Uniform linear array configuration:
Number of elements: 16
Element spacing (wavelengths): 0.25
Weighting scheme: kaiser
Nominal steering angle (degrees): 60
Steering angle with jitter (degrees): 58.062
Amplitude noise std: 0.05
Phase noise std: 0.05

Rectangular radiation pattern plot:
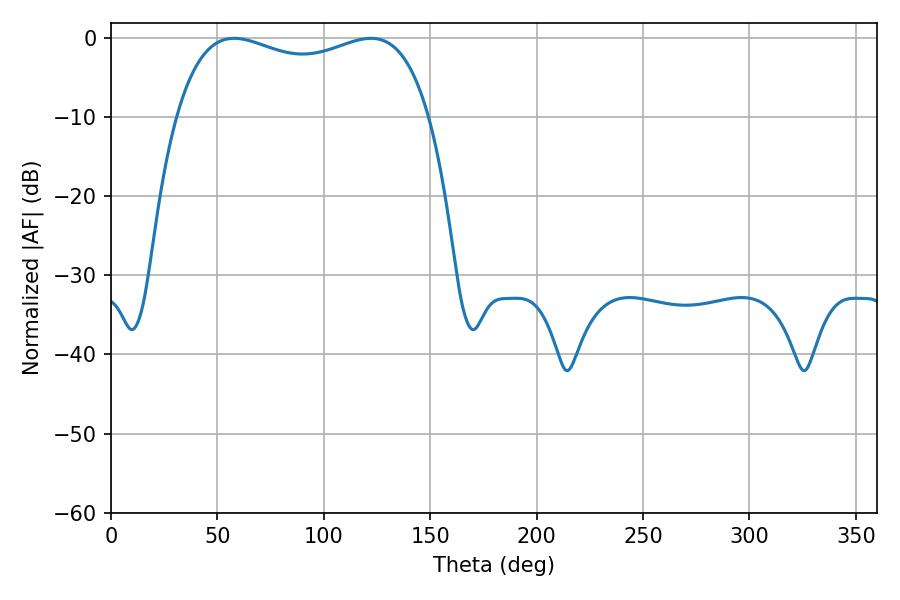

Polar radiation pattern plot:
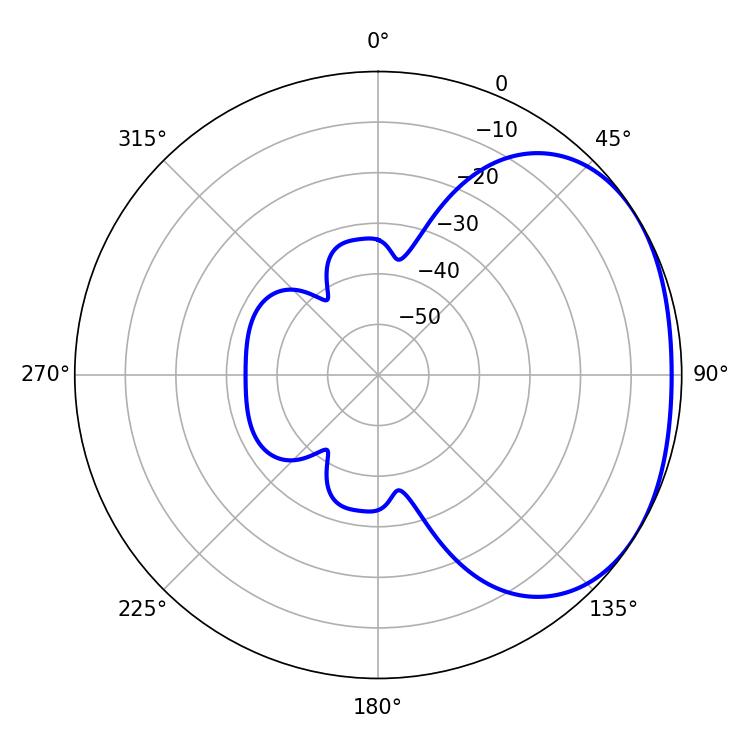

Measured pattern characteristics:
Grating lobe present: FALSE
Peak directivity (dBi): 1.954
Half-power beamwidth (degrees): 97.56
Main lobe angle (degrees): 57.78